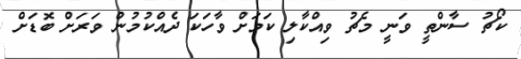
ކޯޗު ސާންތީ ވަނީ މެޗު ވިއްކާލި ކަމަށް ވާހަކަ ދެއްކުމުން ވަރަށް ބޮޑަށް